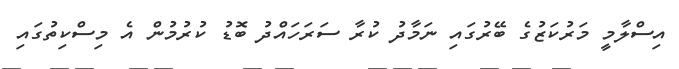
އިސްލާމީ މަރުކަޒުގެ ބޭރުގައި ނަމާދު ކުރާ ސަރަހައްދު ބޮޑު ކުރުމުން އެ މިސްކިތުގައި